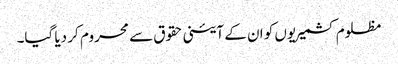
مظلوم کشمیریوں کو ان کے آئینی حقوق سے محروم کر دیا گیا۔